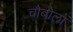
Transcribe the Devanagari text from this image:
चौबोलों